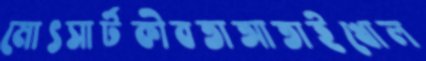
মোৎসার্টকীবতাআতাইখোল